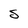
Character: s